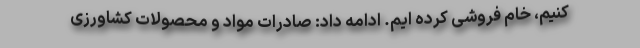
کنیم، خام فروشی کرده ایم. ادامه داد: صادرات مواد و محصولات کشاورزی